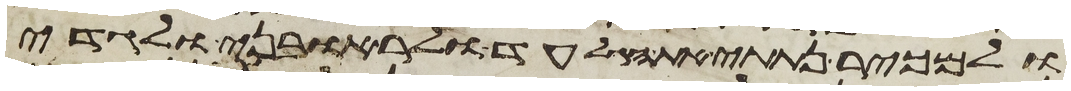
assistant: ולמכיר נתתי את הגלעד ולראובני ולגדי